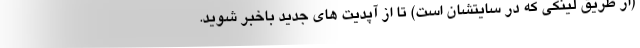
(از طریق لینکی که در سایتشان است) تا از آپدیت های جدید باخبر شوید.